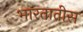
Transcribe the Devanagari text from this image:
भारतातीस